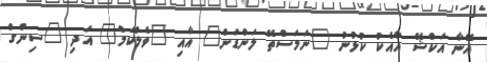
އޭނާ އަކްޝޭ އާއެކު ކުޅުނު "ނަމަސްތޭ ލަންޑަން" އާއި "ވެލްކަމް" އަދި "ސިންގް